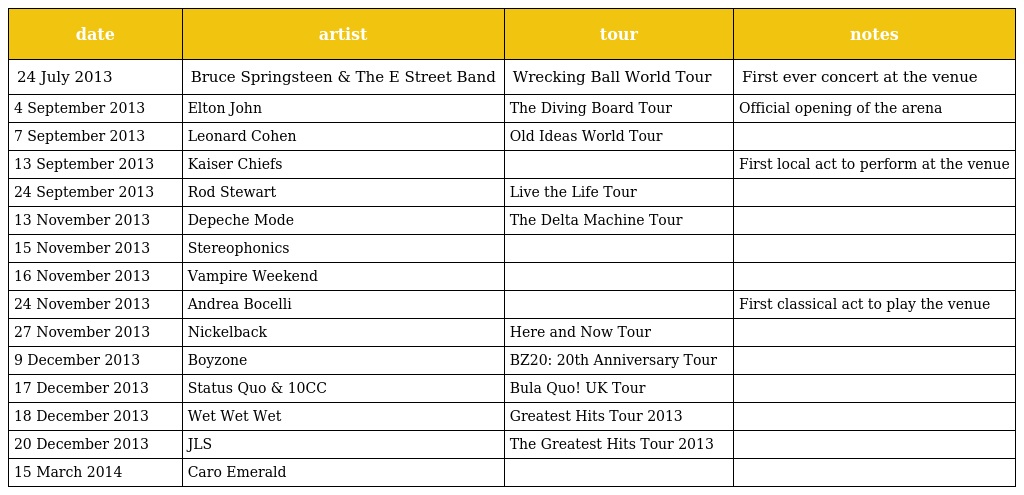
| date | artist | tour | notes |
 | --- | --- | --- | --- |
 | 24 July 2013 | Bruce Springsteen & The E Street Band | Wrecking Ball World Tour | First ever concert at the venue |
 | 4 September 2013 | Elton John | The Diving Board Tour | Official opening of the arena |
 | 7 September 2013 | Leonard Cohen | Old Ideas World Tour |  |
 | 13 September 2013 | Kaiser Chiefs |  | First local act to perform at the venue |
 | 24 September 2013 | Rod Stewart | Live the Life Tour |  |
 | 13 November 2013 | Depeche Mode | The Delta Machine Tour |  |
 | 15 November 2013 | Stereophonics |  |  |
 | 16 November 2013 | Vampire Weekend |  |  |
 | 24 November 2013 | Andrea Bocelli |  | First classical act to play the venue |
 | 27 November 2013 | Nickelback | Here and Now Tour |  |
 | 9 December 2013 | Boyzone | BZ20: 20th Anniversary Tour |  |
 | 17 December 2013 | Status Quo & 10CC | Bula Quo! UK Tour |  |
 | 18 December 2013 | Wet Wet Wet | Greatest Hits Tour 2013 |  |
 | 20 December 2013 | JLS | The Greatest Hits Tour 2013 |  |
 | 15 March 2014 | Caro Emerald |  |  |